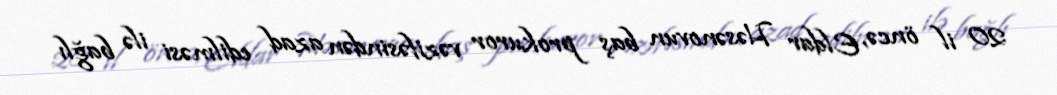
20 il öncə, Eldar Həsənovun baş prokuror vəzifəsindən azad edilməsi ilə bağlı